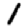
Digit: 1